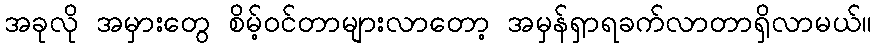
အခုလို အမှားတွေ စိမ့်ဝင်တာများလာတော့ အမှန်ရှာရခက်လာတာရှိလာမယ်။